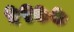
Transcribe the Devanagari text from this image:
५९७७